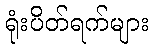
ရုံးပိတ်ရက်များ